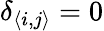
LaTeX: \delta_{\langle i,j\rangle}=0